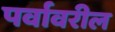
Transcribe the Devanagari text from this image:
पर्वावरील